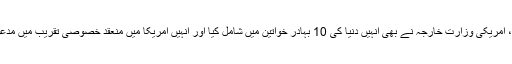
جب ام اقصیٰ کی خبر سامنے آئی تو اسے تکریت کی بہادر ماں کا خطاب دیا گیا، امریکی وزارت خارجہ نے بھی انہیں دنیا کی 10 بہادر خواتین میں شامل کیا اور انہیں امریکا میں منعقد خصوصی تقریب میں مدعو کیا، ام اقصیٰ کے علاوہ دیگر ملکوں کی 9 خواتین کو بھی دعوت دی گئی تھی۔